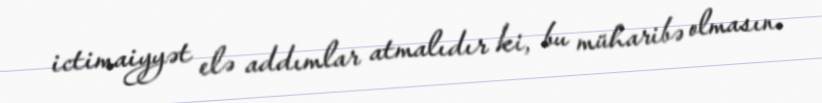
ictimaiyyət elə addımlar atmalıdır ki, bu müharibə olmasın.